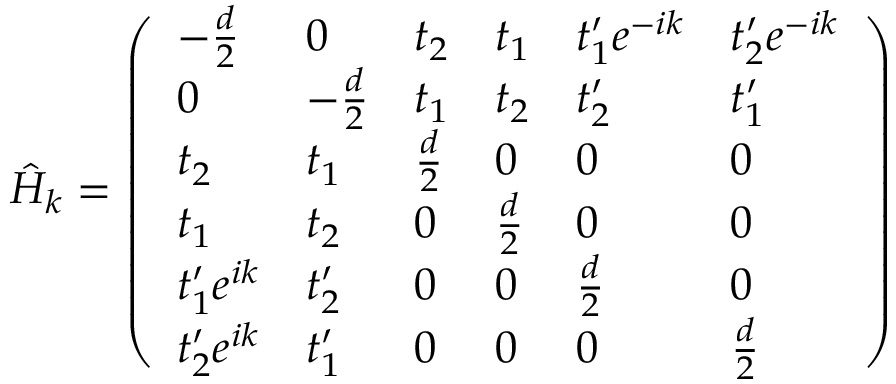
\hat { H } _ { k } = \left( \begin{array} { l l l l l l } { - \frac { d } { 2 } } & { 0 } & { t _ { 2 } } & { t _ { 1 } } & { t _ { 1 } ^ { \prime } e ^ { - i k } } & { t _ { 2 } ^ { \prime } e ^ { - i k } } \\ { 0 } & { - \frac { d } { 2 } } & { t _ { 1 } } & { t _ { 2 } } & { t _ { 2 } ^ { \prime } } & { t _ { 1 } ^ { \prime } } \\ { t _ { 2 } } & { t _ { 1 } } & { \frac { d } { 2 } } & { 0 } & { 0 } & { 0 } \\ { t _ { 1 } } & { t _ { 2 } } & { 0 } & { \frac { d } { 2 } } & { 0 } & { 0 } \\ { t _ { 1 } ^ { \prime } e ^ { i k } } & { t _ { 2 } ^ { \prime } } & { 0 } & { 0 } & { \frac { d } { 2 } } & { 0 } \\ { t _ { 2 } ^ { \prime } e ^ { i k } } & { t _ { 1 } ^ { \prime } } & { 0 } & { 0 } & { 0 } & { \frac { d } { 2 } } \end{array} \right)